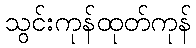
သွင်းကုန်ထုတ်ကုန်